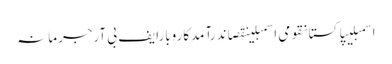
اسمبلیپاکستانقومی اسمبلینقصاندرآمدکاروبارایف بی آرجرمانہ